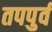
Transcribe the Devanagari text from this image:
तपपुर्व